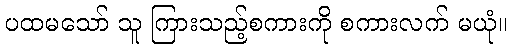
ပထမသော် သူ ကြားသည့်စကားကို စကားလက် မယုံ။